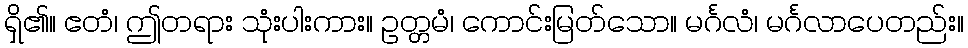
ရှိ၏။ ဧတံ၊ ဤတရား သုံးပါးကား။ ဥတ္တမံ၊ ကောင်းမြတ်သော။ မင်္ဂလံ၊ မင်္ဂလာပေတည်း။